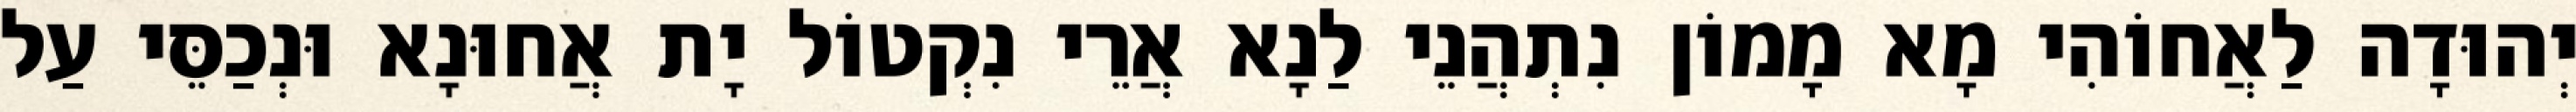
יְהוּדָה לַאֲחוֹהִי מָא מָמוֹן נִתְהֲנֵי לַנָא אֲרֵי נִקְטוֹל יָת אֲחוּנָא וּנְכַסֵּי עַל